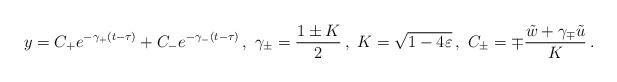
LaTeX: \begin{align*} y= C_+ e^{-\gamma_+ (t-\tau)} + C_- e^{-\gamma_- (t- \tau )} \,, \ \gamma_{\pm} =\frac{1\pm K}{2} \,, \ K = \sqrt{1-4\varepsilon}\,, \ C_{\pm}=\mp\frac{\tilde{w}+\gamma_{\mp}\tilde{u}}{K}\,.\end{align*}